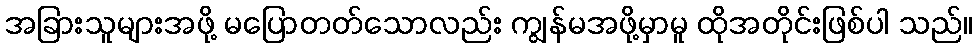
အခြားသူများအဖို့ မပြောတတ်သောလည်း ကျွန်မအဖို့မှာမူ ထိုအတိုင်းဖြစ်ပါ သည်။